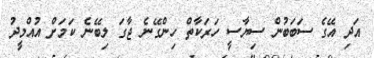
އަދި އޭގެ ސަބަބުން ސިޔާސީ ހަރަކާތް ހިންގޭނެ ޖާގަ ލިބޭނެ ކަމަށް އުއްމީދު